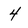
Character: 4